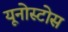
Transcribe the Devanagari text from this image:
यूनोस्टोस